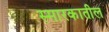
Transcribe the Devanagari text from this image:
स्मारकातील